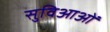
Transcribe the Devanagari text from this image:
सुविआओं